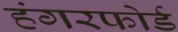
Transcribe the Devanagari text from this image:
हंगरफोर्ड